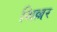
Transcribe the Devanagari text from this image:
शिल्लर